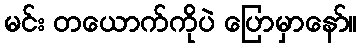
မင်း တယောက်ကိုပဲ ပြောမှာနော်။